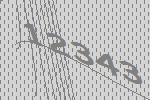
12343